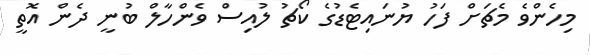
މިހެންވެ މެޗަށް ފަހު ޔުނައިޓެޑުގެ ކޯޗު ލުއިސް ވެންހާލް ބުނީ ދެން އޮތީ